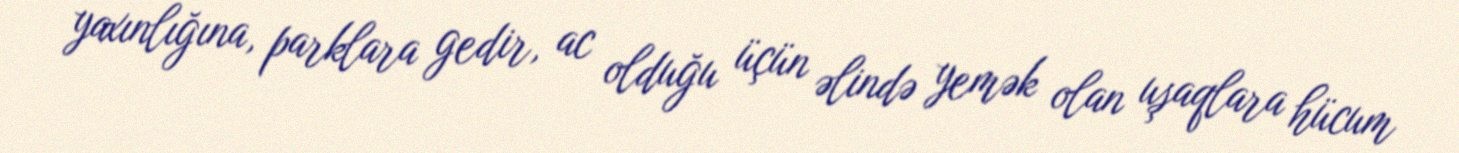
yaxınlığına, parklara gedir, ac olduğu üçün əlində yemək olan uşaqlara hücum